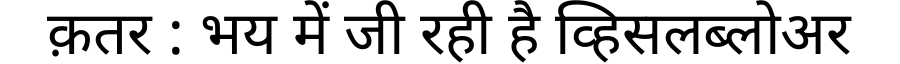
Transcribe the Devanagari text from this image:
क़तर : भय में जी रही है व्हिसलब्लोअर